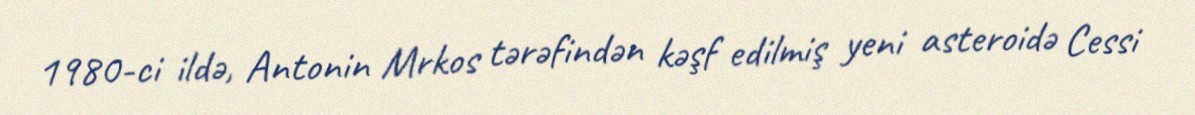
1980-ci ildə, Antonin Mrkos tərəfindən kəşf edilmiş yeni asteroidə Cessi